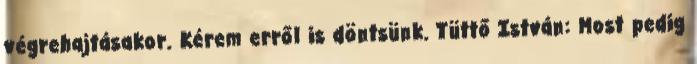
végrehajtásakor. Kérem erről is döntsünk. Tüttő István: Most pedig